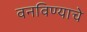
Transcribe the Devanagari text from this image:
वनविण्याचे